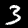
Digit: 3